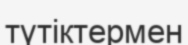
түтіктермен